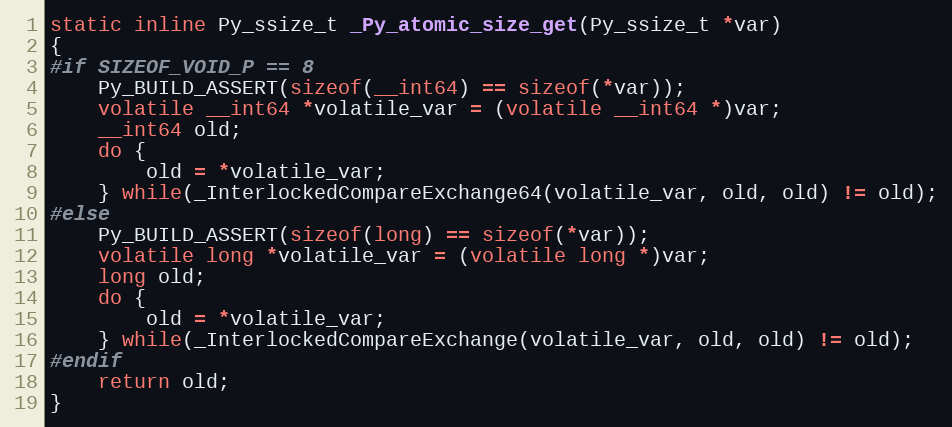
Language: C
static inline Py_ssize_t _Py_atomic_size_get(Py_ssize_t *var)
{
#if SIZEOF_VOID_P == 8
    Py_BUILD_ASSERT(sizeof(__int64) == sizeof(*var));
    volatile __int64 *volatile_var = (volatile __int64 *)var;
    __int64 old;
    do {
        old = *volatile_var;
    } while(_InterlockedCompareExchange64(volatile_var, old, old) != old);
#else
    Py_BUILD_ASSERT(sizeof(long) == sizeof(*var));
    volatile long *volatile_var = (volatile long *)var;
    long old;
    do {
        old = *volatile_var;
    } while(_InterlockedCompareExchange(volatile_var, old, old) != old);
#endif
    return old;
}